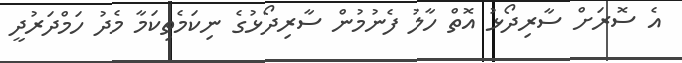
އެ ސޮރަށް ސާރިދޯޅު އޮތް ހާލު ފެނުމުން ސާރިދޯޅުގެ ނިކަމެތިކަމާ މެދު ހަމްދަރުދީ